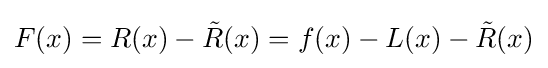
F(x)=R(x)-{\tilde {R}}(x)=f(x)-L(x)-{\tilde {R}}(x)